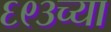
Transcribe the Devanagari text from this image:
६९३च्या